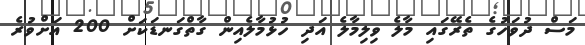
މަސް ދުވަހުގެ ތެރޭގައި މާލެ ވިލިމާލެ އަދި ހުޅުމާލެއިން ގާތްގަނޑަކަށް 200 އަށްވުރެ